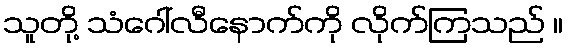
သူတို့ သံဂေါ်လီနောက်ကို လိုက်ကြသည် ။